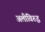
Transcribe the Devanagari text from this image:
अलीविरुद्ध